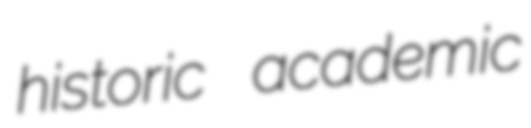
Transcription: historic academic